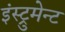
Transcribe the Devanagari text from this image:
इंस्ट्रुमेन्ट